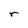
Character: r